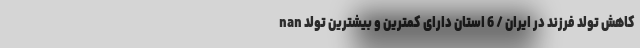
nan کاهش تولد فرزند در ایران / 6 استان دارای کمترین و بیشترین تولد